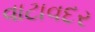
વાટાવદર